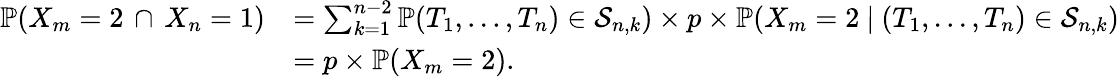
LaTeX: \begin{array}{rl}{\mathbb{P}(X_{m}=2\, \cap\, X_{n}=1)}&{=\sum_{k=1}^{n-2}\mathbb{P}(T_{1},...,T_{n})\in\mathcal{S}_{n,k})\times p\times\mathbb{P}(X_{m}=2\ |\ (T_{1},...,T_{n})\in\mathcal{S}_{n,k})}\\ &{=p\times\mathbb{P}(X_{m}=2).}\end{array}